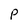
Character: P